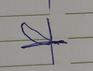
Signature authenticity: forged